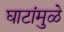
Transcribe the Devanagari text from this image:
घाटांमुळे